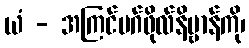
ယံ - အကြင်မဂ်ဖိုလ်နိဗ္ဗာန်ကို၊